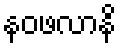
နဝဖလာနိ